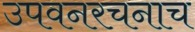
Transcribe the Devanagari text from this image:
उपवनरचनाच